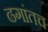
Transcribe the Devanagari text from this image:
ढगांतच